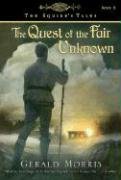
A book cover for The Quest of the Fair Unknown (The Squire's Tales); Gerald Morris; Children's Books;